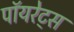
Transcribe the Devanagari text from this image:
पॉयरेट्स